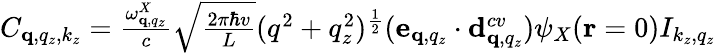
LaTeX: \begin{array}{r}{C_{\mathbf q,q_{z},k_{z}}=\frac{\omega_{\mathbf q,q_{z}}^{X}}{c}\sqrt{\frac{2\pi\hbar v}{L}}(q^{2}+q_{z}^{2})^{\frac{1}{2}}(\mathbf e_{\mathbf q,q_{z}}\cdot\mathbf d_{\mathbf q,q_{z}}^{cv})\psi_{X}(\mathbf r=0)I_{k_{z},q_{z}}}\end{array}